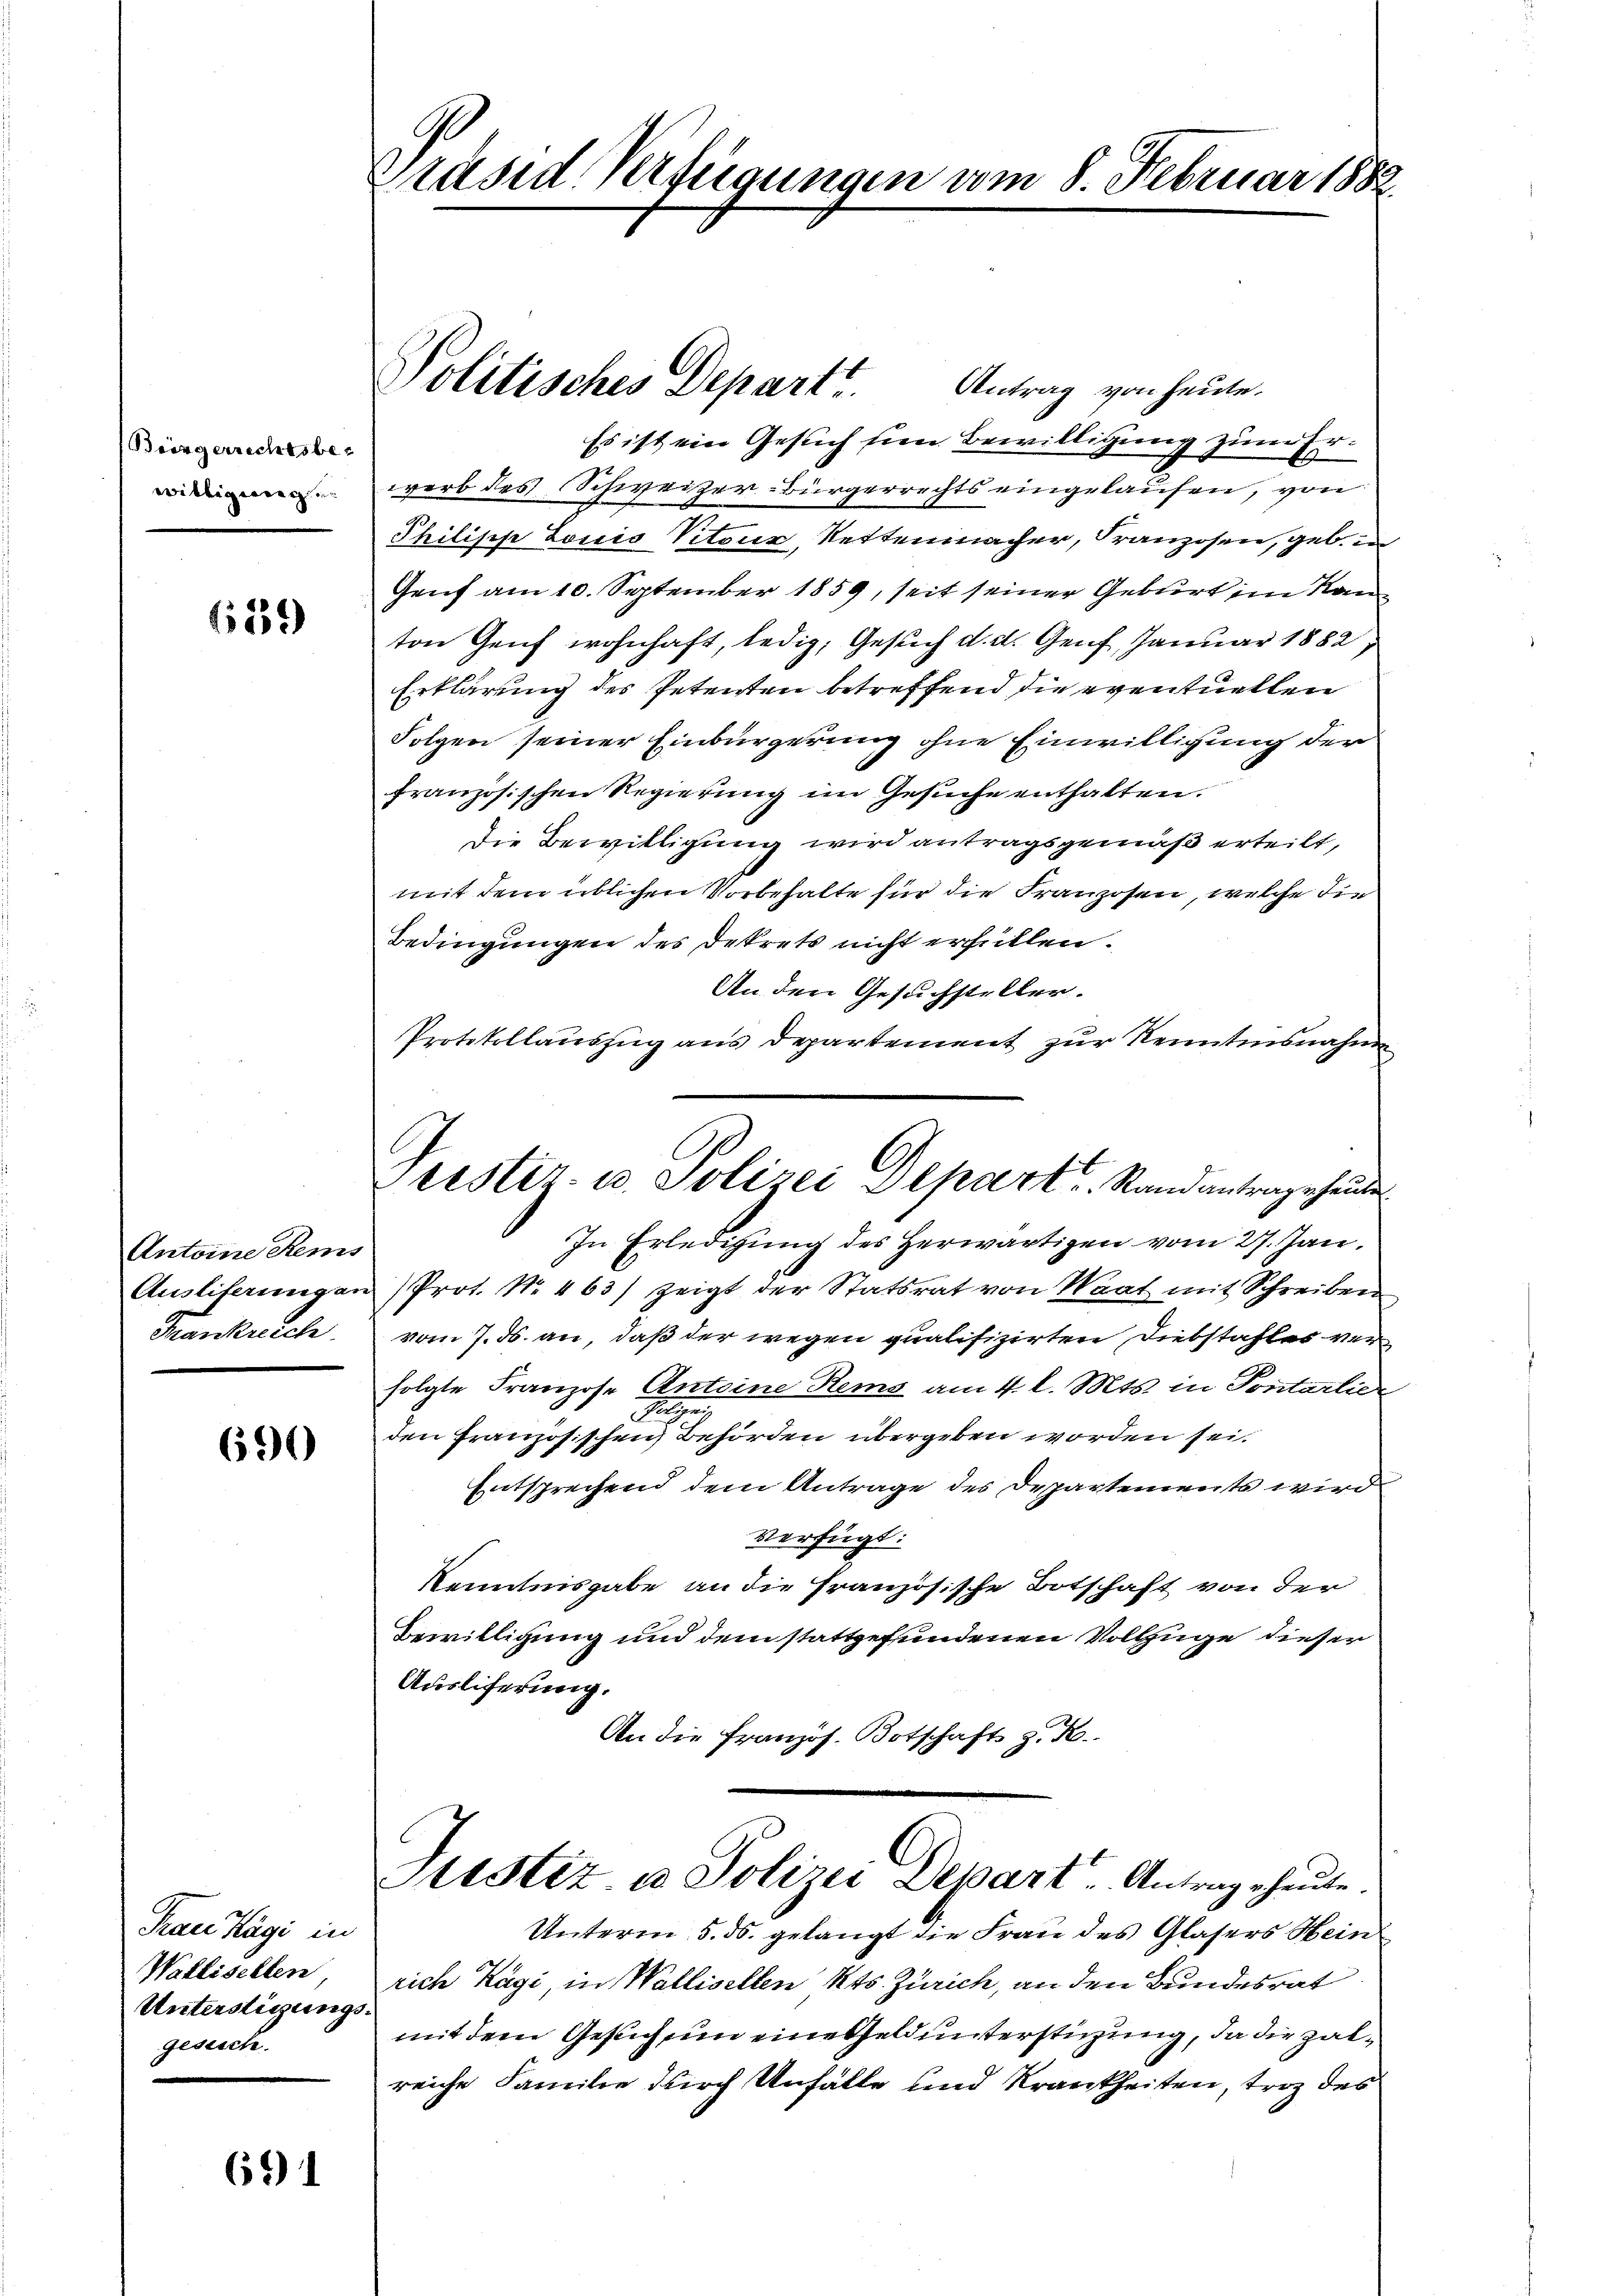
Biirgerrechtsbewilligen

6159)

Antoine Rems
Ausliferung an
Frankreich

690

Frau Kägi in
Wallisellen
Unterstigungs
gesisch.

691

Ge
Gräsid Verfügungen vom 8. Februar 1882

Politisches Depart.

Trestir- u. Polizei Depart. Stand antrage heute

Antrag von heute.
Es ist ein Gesuch sien Bewilligung zum Erwerb des Schweizer-Bürgerrechts eingelaufen, von
Philische Louis Vitour, Rettenmacher, Franzosen, geb. in
Genf am 10. September 1859, seit seiner Geburt im Ran
ton Geif wohnhaft, ledig, Gesuch d. d. Genf, Januar 1882,
Erklärung des Petenten betreffend die eventuellen
Folgen seiner Einbürgerung ohne Einwilligung der
französischen Regierŭng im Gesŭche enthalten.
Die Bewilligung wird antragsgemäß erteilt,
mit dem üblichen Vorbehalte für die Franzosen, welche die
Bedingungen des Dekrets nicht erfüllen.
An den Gesuchsteller.
Protokollauszug aus Departement zur Kenntnisnahme
In Erledigung des Herwärtigen vom 27. Jan.
Prot. No. 463) zeigt der Statsrat von Waat mit Schreiben
vom 7. ds. an, daß der wegen qualifizirten Diebstahles verfolgte Franzose Anteine Rems am 4. l. Mts. in Sontarlier
ei
xx
den Französischen Behörden übergeben worden sei.
Entsprechend dem Antrage des Departements wird
verfügt:
Kenntnisgabe an die Französische Botschaft von der
Bewilligung und dem stattgefundenen Vollzüge dieser
Auslieferung.
An die Französ. Botschaft z. B.
Sistiz u. Polizei Depart. Antrage heute.
Unterm 5. ds. gelangt die Frau des Glasers Heinrich Kägi, in Wallisellen Kts. Zürich, an den Bundesrat
mit dem Gesuch um eine Geld unterstüzung, da die Zalreiche Familie durch Unfälle und Krankheiten, trotz des